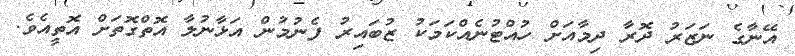
އޭނާގެ ނަޒަރު ދޮރާ ދިމާއަށް ހުއްޓުނެއްކަމަކު ޒުބައިރު ފެނުމުން އަޅާނުލާ އޮތްގޮތަށް އޮތީއެވެ.